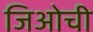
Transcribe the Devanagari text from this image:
जिओची